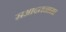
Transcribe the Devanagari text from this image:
सआदतनामा